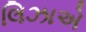
લિઝાએ